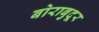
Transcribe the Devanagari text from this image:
बोराबुदूर